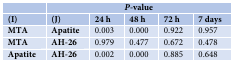
<table><thead><tr><td></td><td colspan="5"><b><i>P</i>-value</b></td></tr><tr><td><b>(I)</b></td><td><b>(J)</b></td><td><b>24 h</b></td><td><b>48 h</b></td><td><b>72 h</b></td><td><b>7 days</b></td></tr></thead><tbody><tr><td><b>MTA</b></td><td><b>Apatite</b></td><td>0.003</td><td>0.000</td><td>0.922</td><td>0.957</td></tr><tr><td><b>MTA</b></td><td><b>AH-26</b></td><td>0.979</td><td>0.477</td><td>0.672</td><td>0.478</td></tr><tr><td><b>Apatite</b></td><td><b>AH-26</b></td><td>0.002</td><td>0.000</td><td>0.885</td><td>0.648</td></tr></tbody></table>